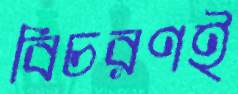
বিচরণই